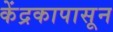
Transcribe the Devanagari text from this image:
केंद्रकापासून